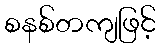
စနစ်တကျဖြင့်